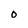
Character: o